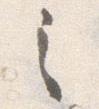
之